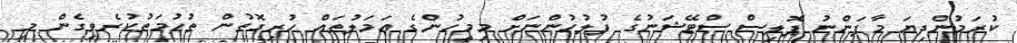
ކުރަމުންދިޔަ މާފަންނު ޕޮލިސް ސްޓޭޝަނުގެ ފުލުހުންނަށް މިމިީހުންގެ ޢަމަލުތައް ހުރިގޮތުން ތުހުމަތުކުރެވިގެން މި